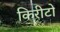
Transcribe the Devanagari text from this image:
किरीटों